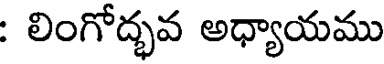
: లింగోద్భవ అధ్యాయము